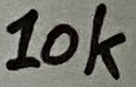
Text: 10k